Suure-Kopu_vallavalitsus, lk 76
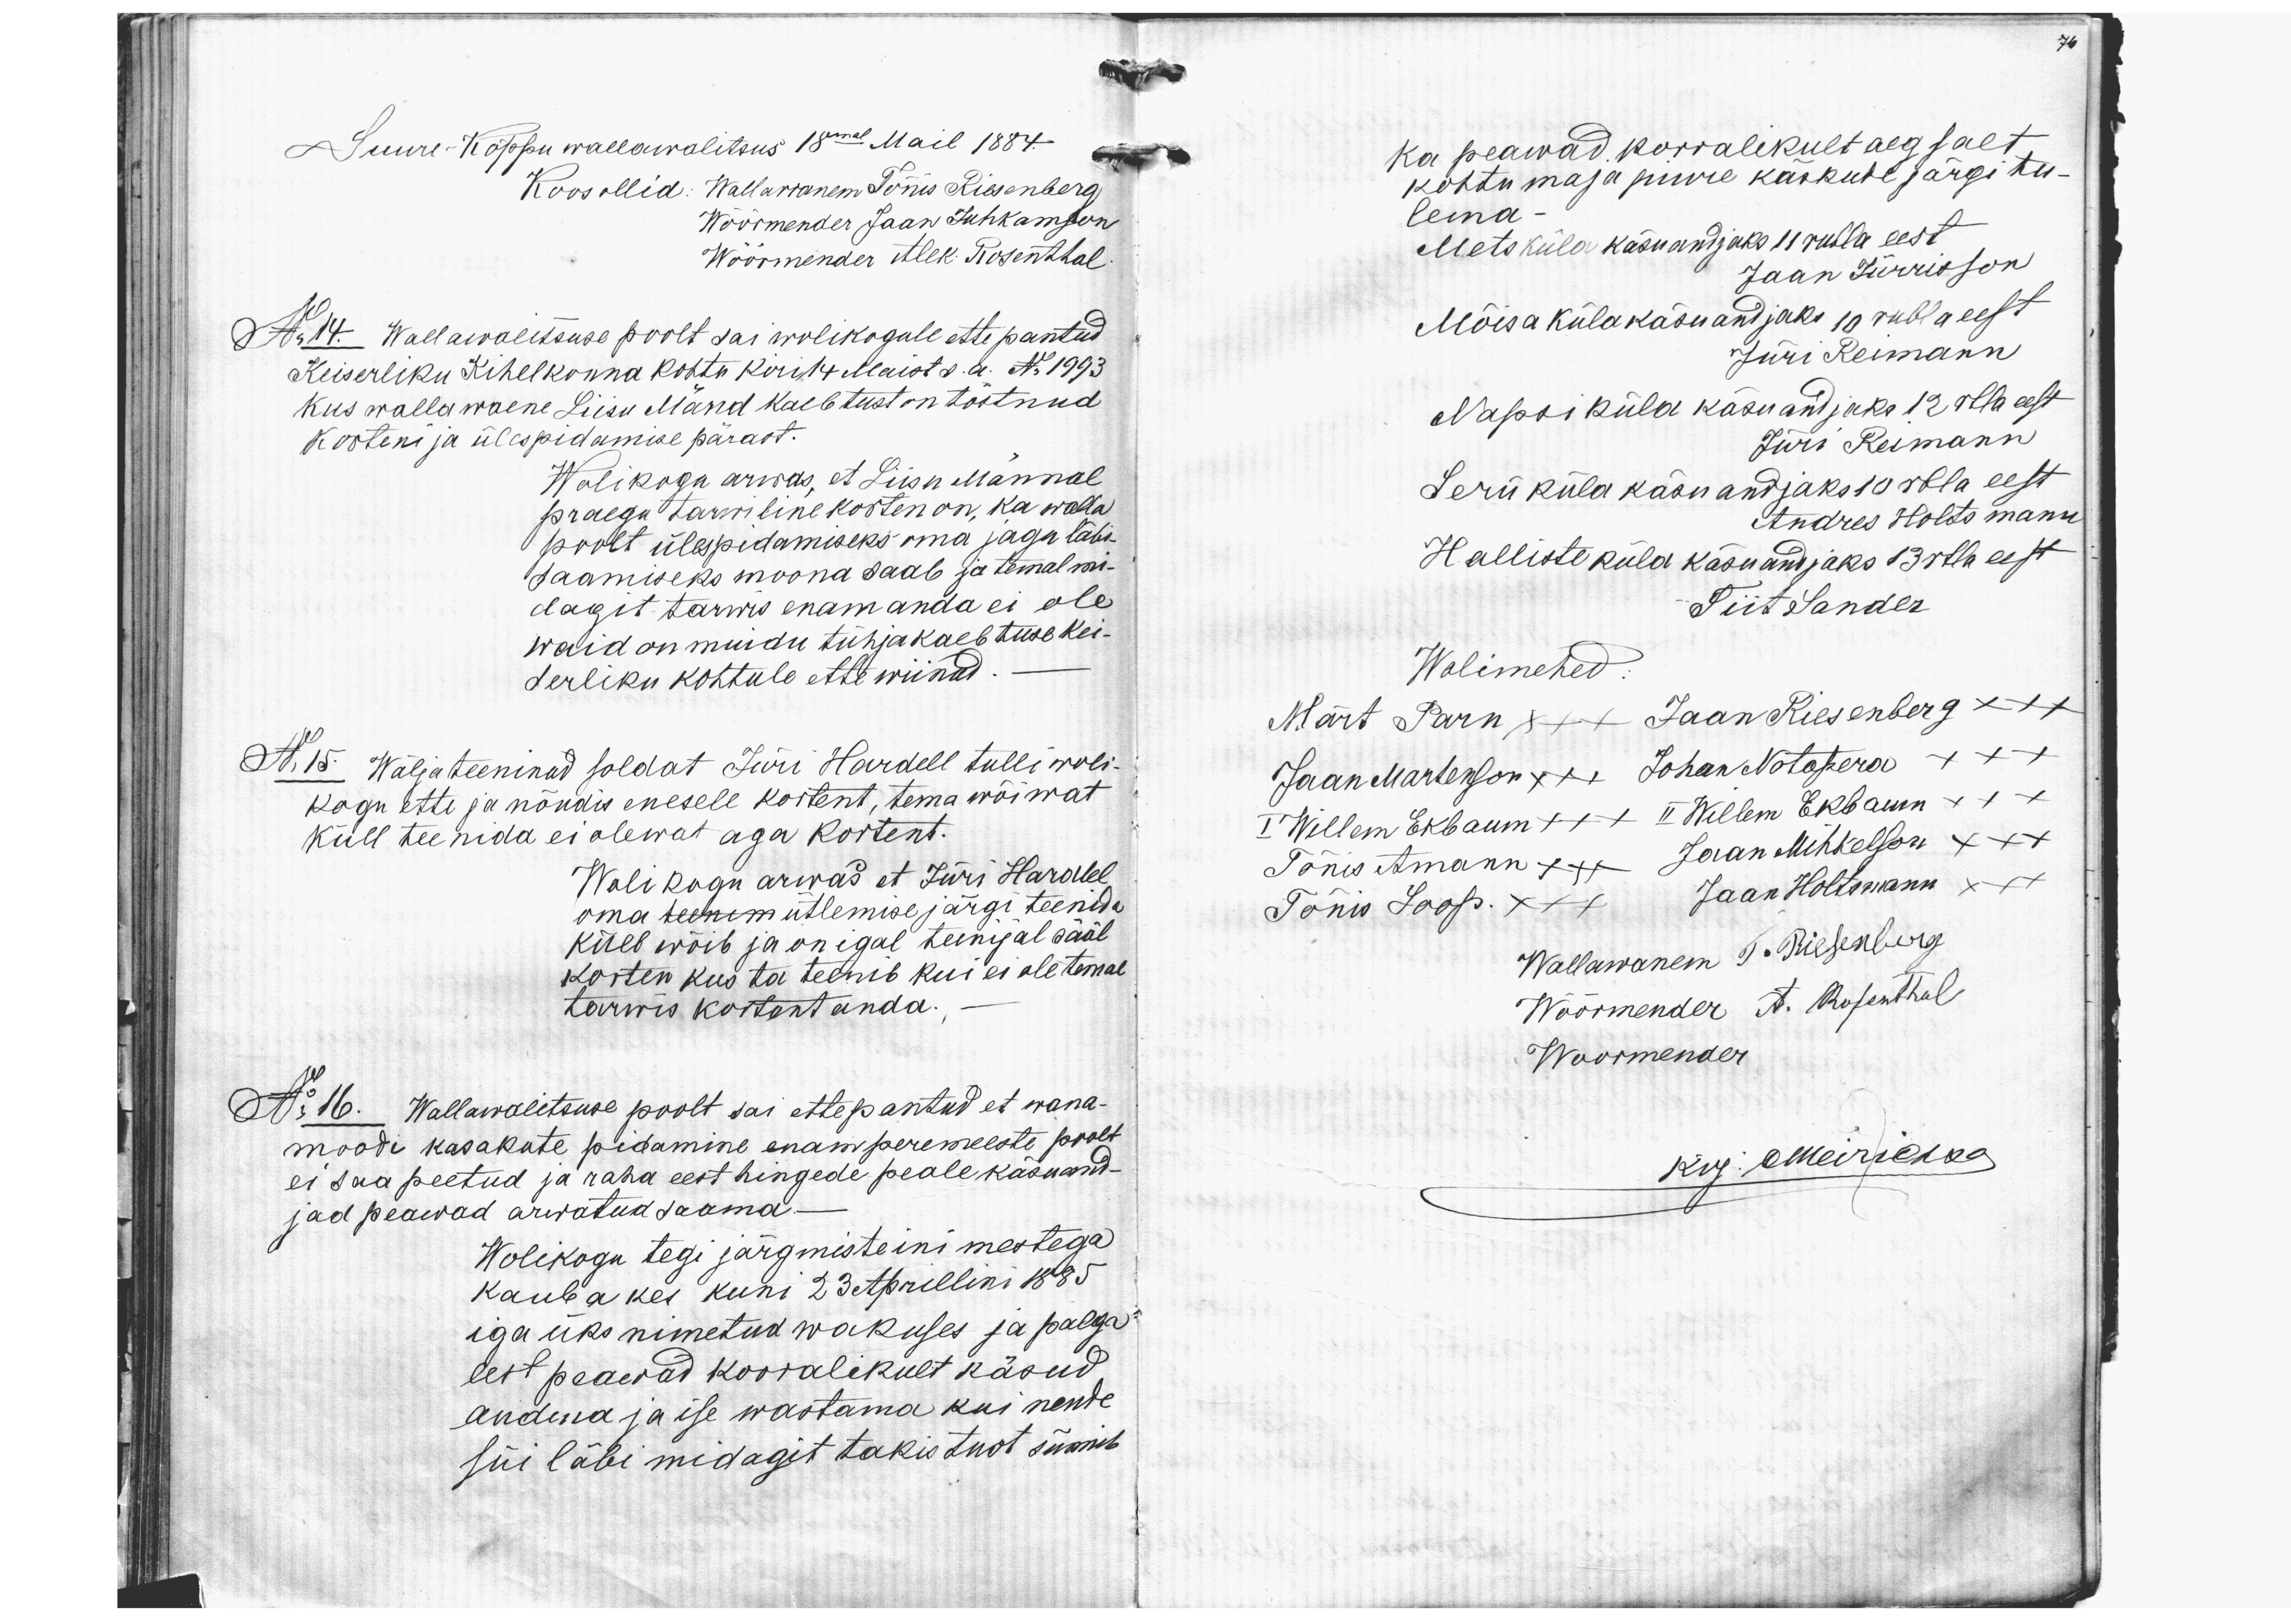
Suure-Kõppu wallawalitsus 18mal Mail 1884
Koos ollid: Wallawanem Tõnnis Riesenberg
Wöörmender Jaan Juhkanson
Wöörmender Alex Rosenthal
No 14. Wallawalitsuse poolt sai wolikogule ette pantud
Keiserliku Kihelkonna kohto kiri 14 Maist s.a. No 1993
kus walla waene Liisu Mänd kaebtust on tõstnud.
korteni ja ülespidamise pärast.
Wolikogu arwas, et Liisu Männal
praegu tarwiline korten on, ka walla
poolt ülespidamiseks oma jagu läbi-
saamiseks moona saab ja temal mi-
dagit tarwis enam anda ei ole
waid on muidu tühja kaebtuse kei-
serliku kohtule ette wiinud.
No 15. Wäljateeninud soldat Jüri Hardell tulli woli-
kogu ette ja nõudis enesele kortent, tema wõiwat
küll teenida ei olewat aga kortent.
Wolikogu arwas et Jüri Hardell
oma teenim ütlemise järgi teenida
küll wõib ja on igal teenijal sääl
korten kus ta teenib kui ei ole temal
tarwis kortent anda.
No 16. Wallawalitsuse poolt sai ettepantud et wana-
moodi kasakute pidamine enam peremeeste poolt
ei saa peetud ja raha eest hingede peale käsuand-
jad peawad arwatud saama.
Wolikogu tegi järgmiste inimestega
kauba kes kuni 23 Aprillini 1885
iga üks nimetud wakuses ja palga
eest peawad korralikult käsud.
andma ja ise wastama kui nente
süi läbi midagit takistust sünnib

76
ka peawad korralikult aegsalt
kohtu maja juure käskude järgi tu-
lema-
Mets küla käsuandjaks 11 rubla eest
Jaan Jürrison
Mõisa külakäsuandjaks 10 rubla eest
Jüri Reimann
Napsi küla käsuandjaks 12 rbla eest
Jüri Reimann
Seru küla käsuandjaks 10 rbla eest
Andres Holtsmann
Halliste küla käsuandjaks 13 rbla eest
Wolimehed
Tiit Sander
Märt Parn x++ Jaan Riesenberg x++
Jaan Martenson x++ Johan Notapera xxx
I Willem Ekbaum ++x II Willem Ekbaum xxx
Tõnis Amann x++ Jaan Mihkelson xxx
Tõnis Soop. x++ Jaan Holtsmann xx+
Wallawanem T. Riesenberg
Wöörmender A. Rosenthal
Woormender
kirj. Meirichaa